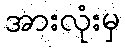
အားလုံးမှ